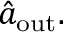
\hat { a } _ { \mathrm { o u t } } .